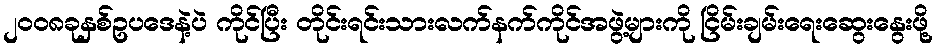
၂၀၀၈ခုနှစ်ဥပဒေနဲ့ပဲ ကိုင်ပြီး တိုင်းရင်းသားလက်နက်ကိုင်အဖွဲ့များကို ငြိမ်းချမ်းရေးဆွေးနွေးဖို့